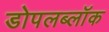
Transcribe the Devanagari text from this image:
डोपलब्लॉक